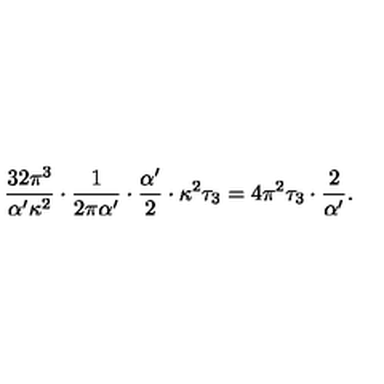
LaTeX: { \frac { 3 2 \pi ^ { 3 } } { \alpha ^ { \prime } \kappa ^ { 2 } } } \cdot { \frac { 1 } { 2 \pi \alpha ^ { \prime } } } \cdot { \frac { \alpha ^ { \prime } } { 2 } } \cdot \kappa ^ { 2 } \tau _ { 3 } = 4 \pi ^ { 2 } \tau _ { 3 } \cdot { \frac { 2 } { \alpha ^ { \prime } } } .